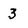
Character: 3